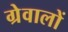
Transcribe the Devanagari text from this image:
ग्रेवालों